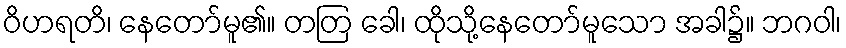
ဝိဟရတိ၊ နေတော်မူ၏။ တတြ ခေါ၊ ထိုသို့နေတော်မူသော အခါ၌။ ဘဂဝါ၊